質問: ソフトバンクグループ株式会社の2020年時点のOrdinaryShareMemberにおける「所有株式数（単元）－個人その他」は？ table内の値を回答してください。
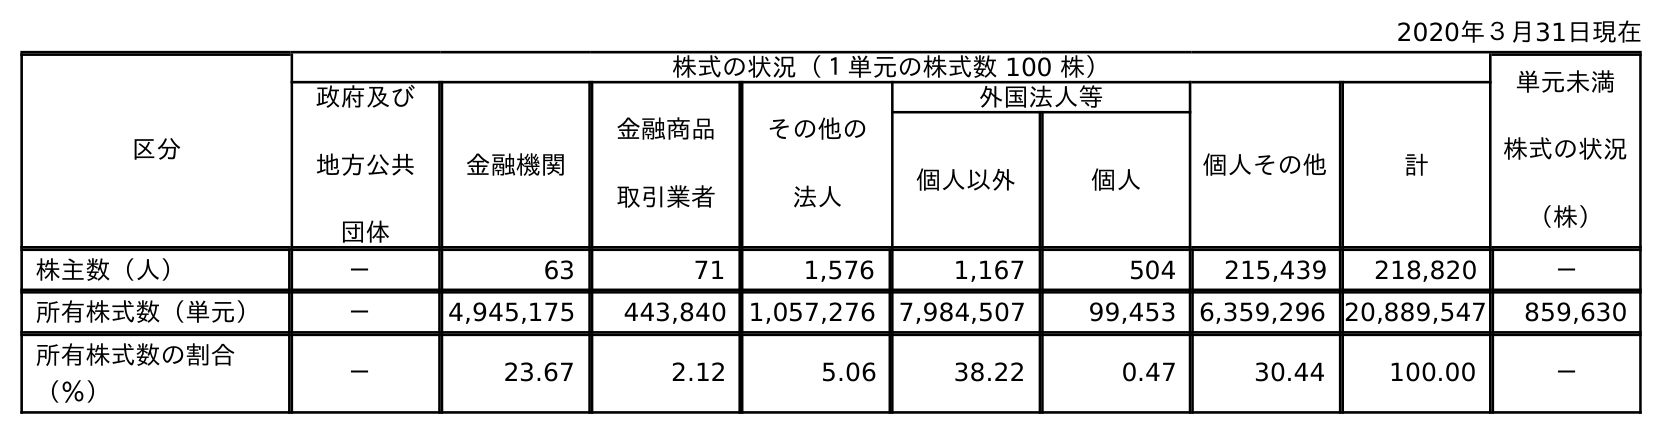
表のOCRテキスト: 2020年３月31日現在 区分 株式の状況（１単元の株式数 100 株） 単元未満 株式の状況 （株） 政府及び 地方公共 団体 金融機関 金融商品 取引業者 その他の 法人 外国法人等 個人その他 計 個人以外 個人 株主数（人） － 63 71 1,576 1,167 504 215,439 218,820 － 所有株式数（単元） － 4,945,175 443,840 1,057,276 7,984,507 99,453 6,359,296 20,889,547 859,630 所有株式数の割合 （％） － 23.67 2.12 5.06 38.22 0.47 30.44 100.00 －
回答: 6,359,296